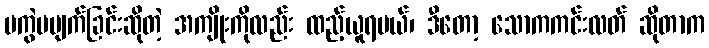
မကွဲမပျက်ခြင်းဆိုတဲ့ အကျိုးကိုလည်း ထည့်ယူရမယ်၊ ဒီတော့ သောကကင်းလတ် ဆိုတာက